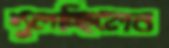
দুলচ্ছিলেন